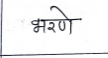
मजकूर: भरणे